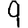
Digit: 9